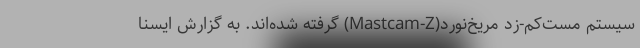
سیستم مست‌کم-زد مریخ‌نورد(Mastcam-Z) گرفته شده‌اند. به گزارش ایسنا